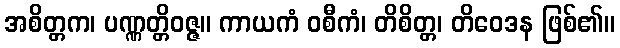
အစိတ္တက၊ ပဏ္ဏတ္တိဝဇ္ဇ။ ကာယကံ ဝစီကံ၊ တိစိတ္တ၊ တိဝေဒန ဖြစ်၏။